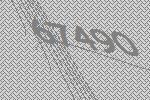
67490